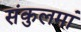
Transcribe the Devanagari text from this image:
संकुलमां